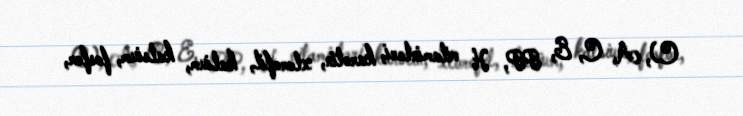
C), A, C, E, PP, H vitaminləri, karotin, xlorofil, kalium, kalsium, fosfor,